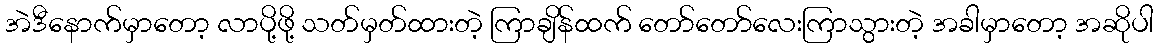
အဲဒီနောက်မှာတော့ လာပို့ဖို့ သတ်မှတ်ထားတဲ့ ကြာချိန်ထက် တော်တော်လေးကြာသွားတဲ့ အခါမှာတော့ အဆိုပါ